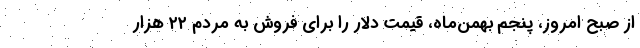
از صبح امروز، پنجم بهمن‌ماه، قیمت دلار را برای فروش به مردم ۲۲ هزار